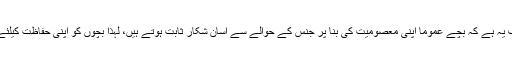
اس معاملے کا لائٹر ایسپیکٹ یا قابل ہضم پہلو صرف یہ ہے کہ بچے عموماً اپنی معصومیت کی بنا پر جنس کے حوالے سے آسان شکار ثابت ہوتے ہیں، لہذا بچوں کو اپنی حفاظت کیلئے کچھ نہ کچھ احتیاطی تدابیر ضرور بتا دینی چاہئیں۔